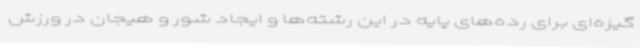
گیزه‌ای برای رده‌های پایه در این رشته‌ها و ایجاد شور و هیجان در ورزش